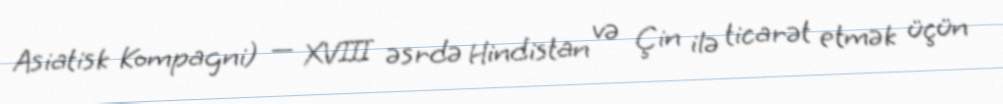
Asiatisk Kompagni) — XVIII əsrdə Hindistan və Çin ilə ticarət etmək üçün